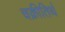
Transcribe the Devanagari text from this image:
चक्रीतिर्थ